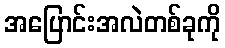
အပြောင်းအလဲတစ်ခုကို